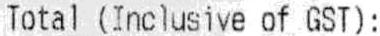
TOTAL (INCLUSIVE OF GST):